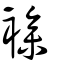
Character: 襂